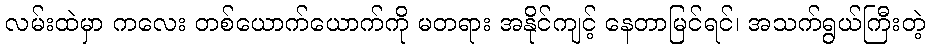
လမ်းထဲမှာ ကလေး တစ်ယောက်ယောက်ကို မတရား အနိုင်ကျင့် နေတာမြင်ရင်၊ အသက်ရွယ်ကြီးတဲ့